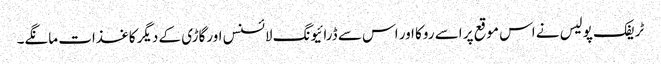
ٹریفک پولیس نے اس موقع پر اسے روکا اور اس سے ڈرائیونگ لائسنس اورگاڑی کے دیگر کاغذات مانگے۔